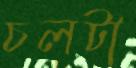
চলটা